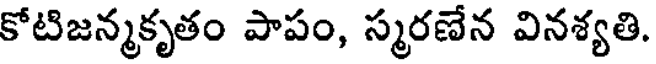
కోటిజన్మకృతం పాపం, స్మరణేన వినశ్యతి.